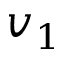
v _ { 1 }